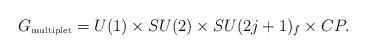
LaTeX: \begin{align*}G_{\mbox{\tiny multiplet}} = U(1) \times SU(2) \times SU(2j+1)_f \times CP.\end{align*}